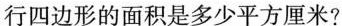
行四边形的面积是多少平方厘米?